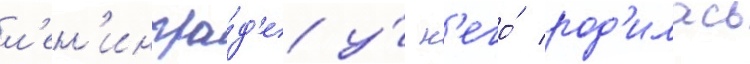
л'ен'ингра́д'е у́ н'его́ род'илась